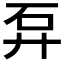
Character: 𥐧